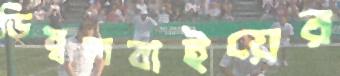
ডিম্বলবাইয়ের